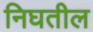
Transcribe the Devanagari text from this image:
निघतील